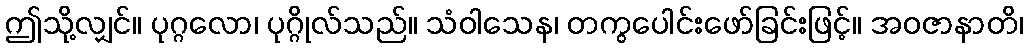
ဤသို့လျှင်။ ပုဂ္ဂလော၊ ပုဂ္ဂိုလ်သည်။ သံဝါသေန၊ တကွပေါင်းဖော်ခြင်းဖြင့်။ အဝဇာနာတိ၊